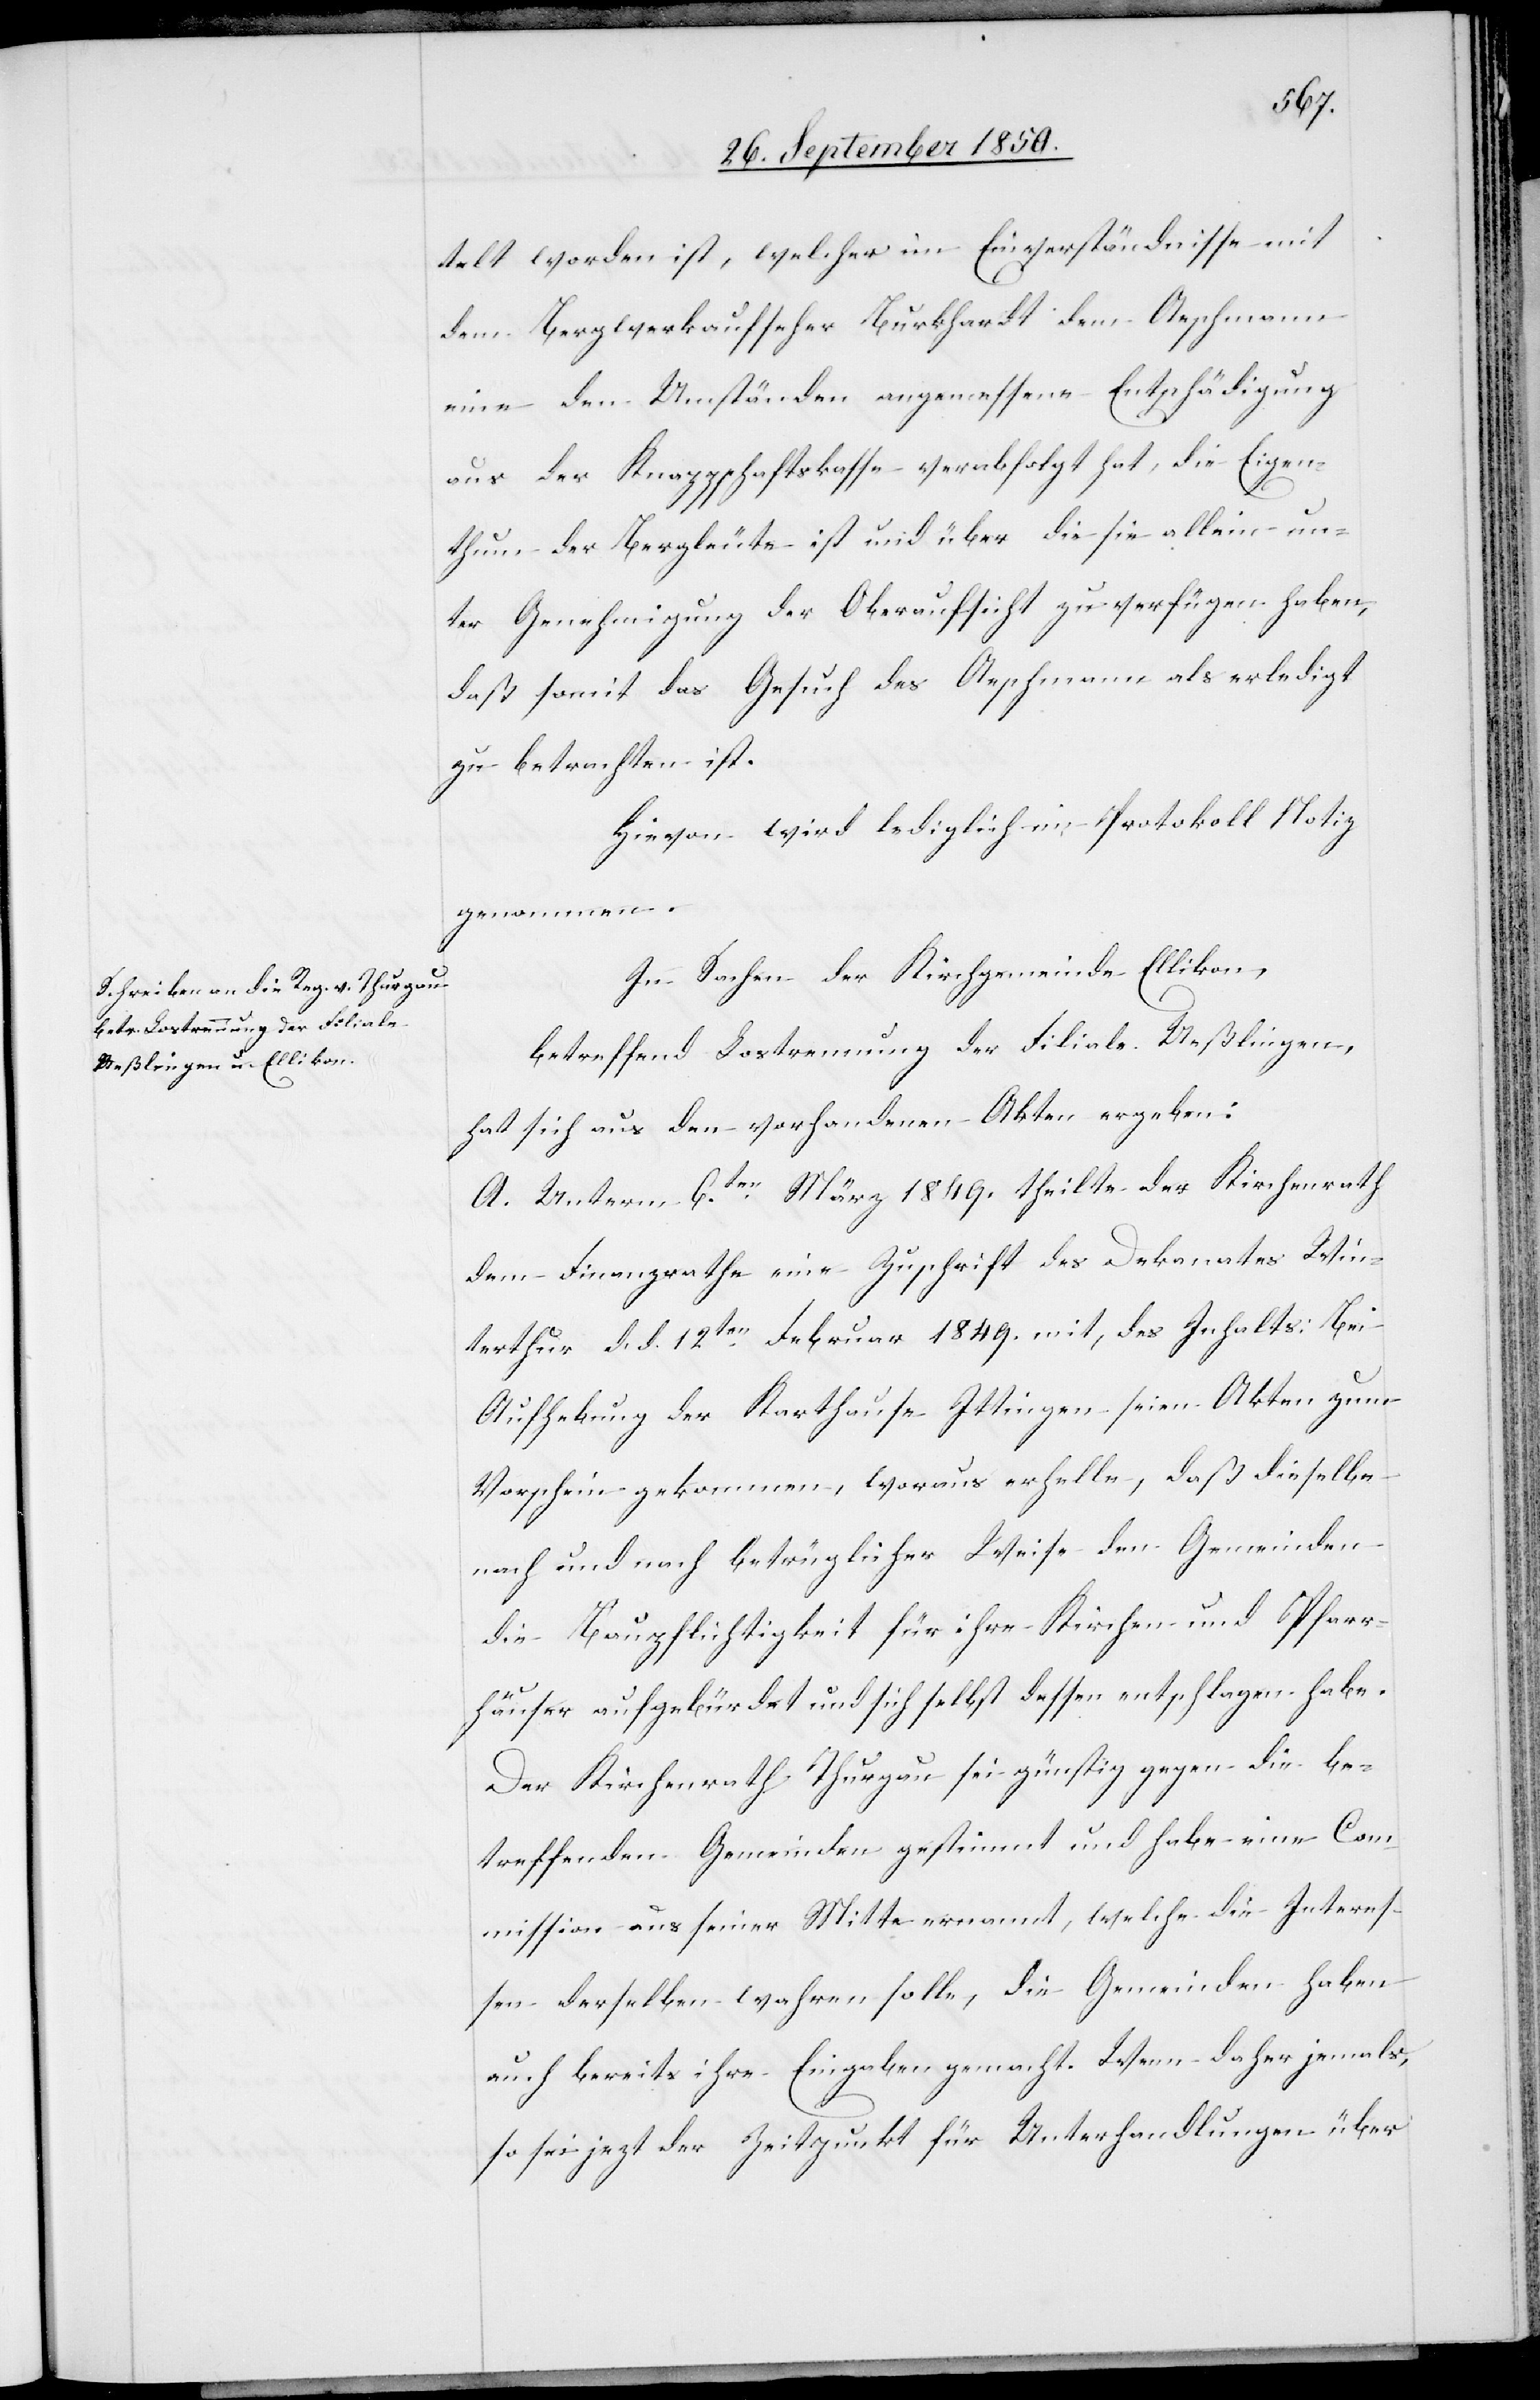
telt worden ist, welcher im Einverständnisse mit
dem Bergwerkaufseher Burkhardt dem Aeschmann
eine den Umständen angemessene Entschädigung
aus der Knappschaftskasse verabfolgt hat, die Eigen¬
thum der Bergleute ist und über die sie allein un¬
ter Genehmigung der Oberaufsicht zu verfügen haben,
daß somit das Gesuch des Aeschmann als erledigt
zu betrachten ist.
Hievon wird lediglich im Protokoll Notiz
genommen.
In Sachen der Kirchgemeinde Ellikon,
betreffend Lostrennung der Filiale Ueßlingen,
hat sich aus den vorhandenen Akten ergeben:
A. Unterm 6ten März 1849. theilte der Kirchenrath
dem Finanzrathe eine Zuschrift des Dekanates Win¬
terthur d. d. 12ten Februar 1849. mit, des Inhalts: Bei
Aufhebung der Karthause Ittingen seien Akten zum
Vorschein gekommen, woraus [sich] erhelle, daß dieselbe
nach und nach betrüglicher Weise den Gemeinden
die Baupflichtigkeit für ihre Kirchen und Pfarr¬
häuser aufgebürdet und sich selbst dessen entschlagen habe.
Der Kirchenrath Thurgau sei günstig gegen die be¬
treffenden Gemeinden gestimmt und habe eine Com¬
mission aus seiner Mitte ernannt, welche die Interes¬
sen derselben wahren solle, die Gemeinden haben
auch bereits ihre Eingaben gemacht. Wenn daher jemals,
so sei jezt der Zeitpunkt für Unterhandlungen über